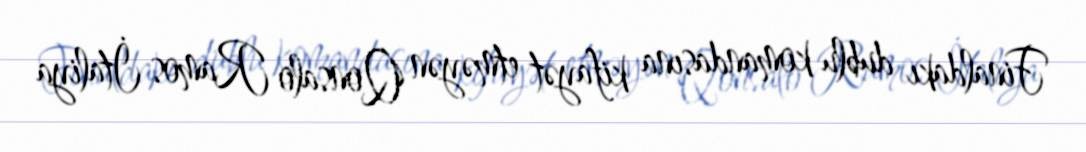
Finaldakı dublu komandasına kifayət etməyən Qonsalo Ramos İtaliya